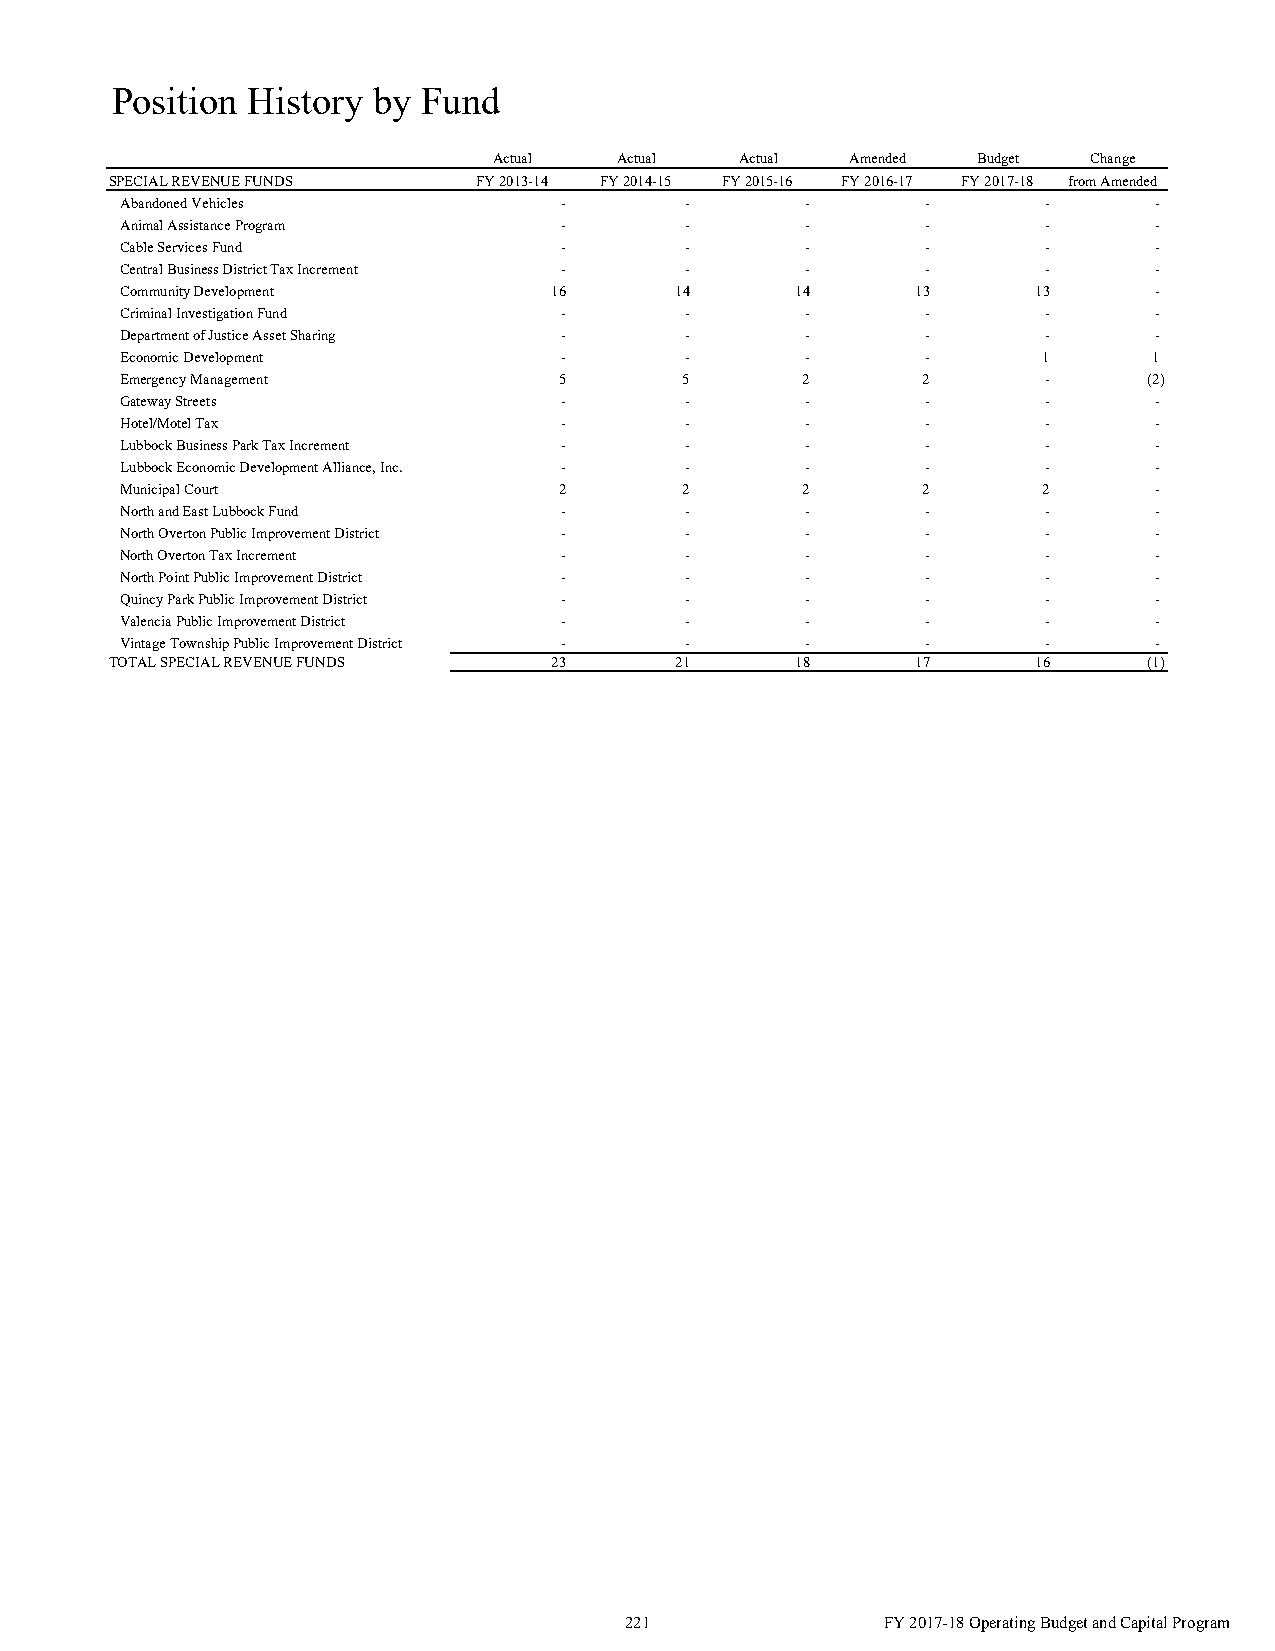
Position History  by Fund
 Actual  Actual  Actual Amended  Budget Change
 SPECIAL REVENUE FUNDS    FY 2013-14 FY 2014-15 FY 2015-16 FY 2016-17 FY 2017-18 from Amended
 Abandoned Vehicles           -       -       -       -       -      -
 Animal Assistance Program    -       -       -       -       -      -
 Cable Services Fund          -       -       -       -       -      -
 Central Business District Tax Increment - -  -       -       -      -
 Community Development       1 6      1 4     1 4     1 3     1 3    -
 Criminal Investigation Fund  -       -       -       -       -      -
 Department of Justice Asset Sharing - -      -       -       -      -
 Economic Development         -       -       -       -       1      1
 Emergency Management         5       5       2       2       -      ( 2)
 Gateway Streets              -       -       -       -       -      -
 Hotel/Motel Tax              -       -       -       -       -      -
 Lubbock Business Park Tax Increment - -      -       -       -      -
 Lubbock Economic Development Alliance, Inc. - - -    -       -      -
 Municipal Court              2       2       2       2       2      -
 North and East Lubbock Fund  -       -       -       -       -      -
 North Overton Public Improvement District - - -      -       -      -
 North Overton Tax Increment  -       -       -       -       -      -
 North Point Public Improvement District - -  -       -       -      -
 Quincy Park Public Improvement District - -  -       -       -      -
 Valencia Public Improvement District - -     -       -       -      -
 Vintage Township Public Improvement District - - -   -       -      -
 TOTAL SPECIAL REVENUE FUNDS  2 3      2 1     1 8     1 7     1 6    ( 1)
 221               FY 2017-18 Operating Budget and Capital Program